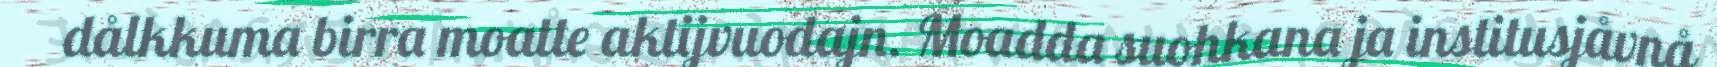
dålkkuma birra moatte aktijvuodajn. Moadda suohkana ja institusjåvnå